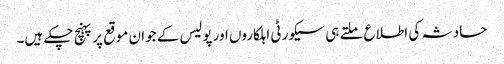
حادثہ کی اطلاع ملتے ہی سیکورٹی اہلکاروں اورپولیس کے جوان موقع پرپہنچ چکے ہیں۔